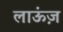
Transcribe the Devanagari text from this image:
लाऊंज़